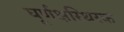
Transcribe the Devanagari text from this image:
घूर्णक्षस्थिरक